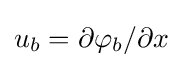
u_{b}=\partial \varphi _{b}/\partial x